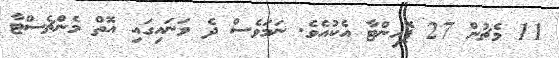
11 މެޗުން 27 ޕޮއިންޓާ އެކުއެވެ. ނަމަވެސް ދެ ވަނައިގައި އޮތް މެންޗެސްޓާ